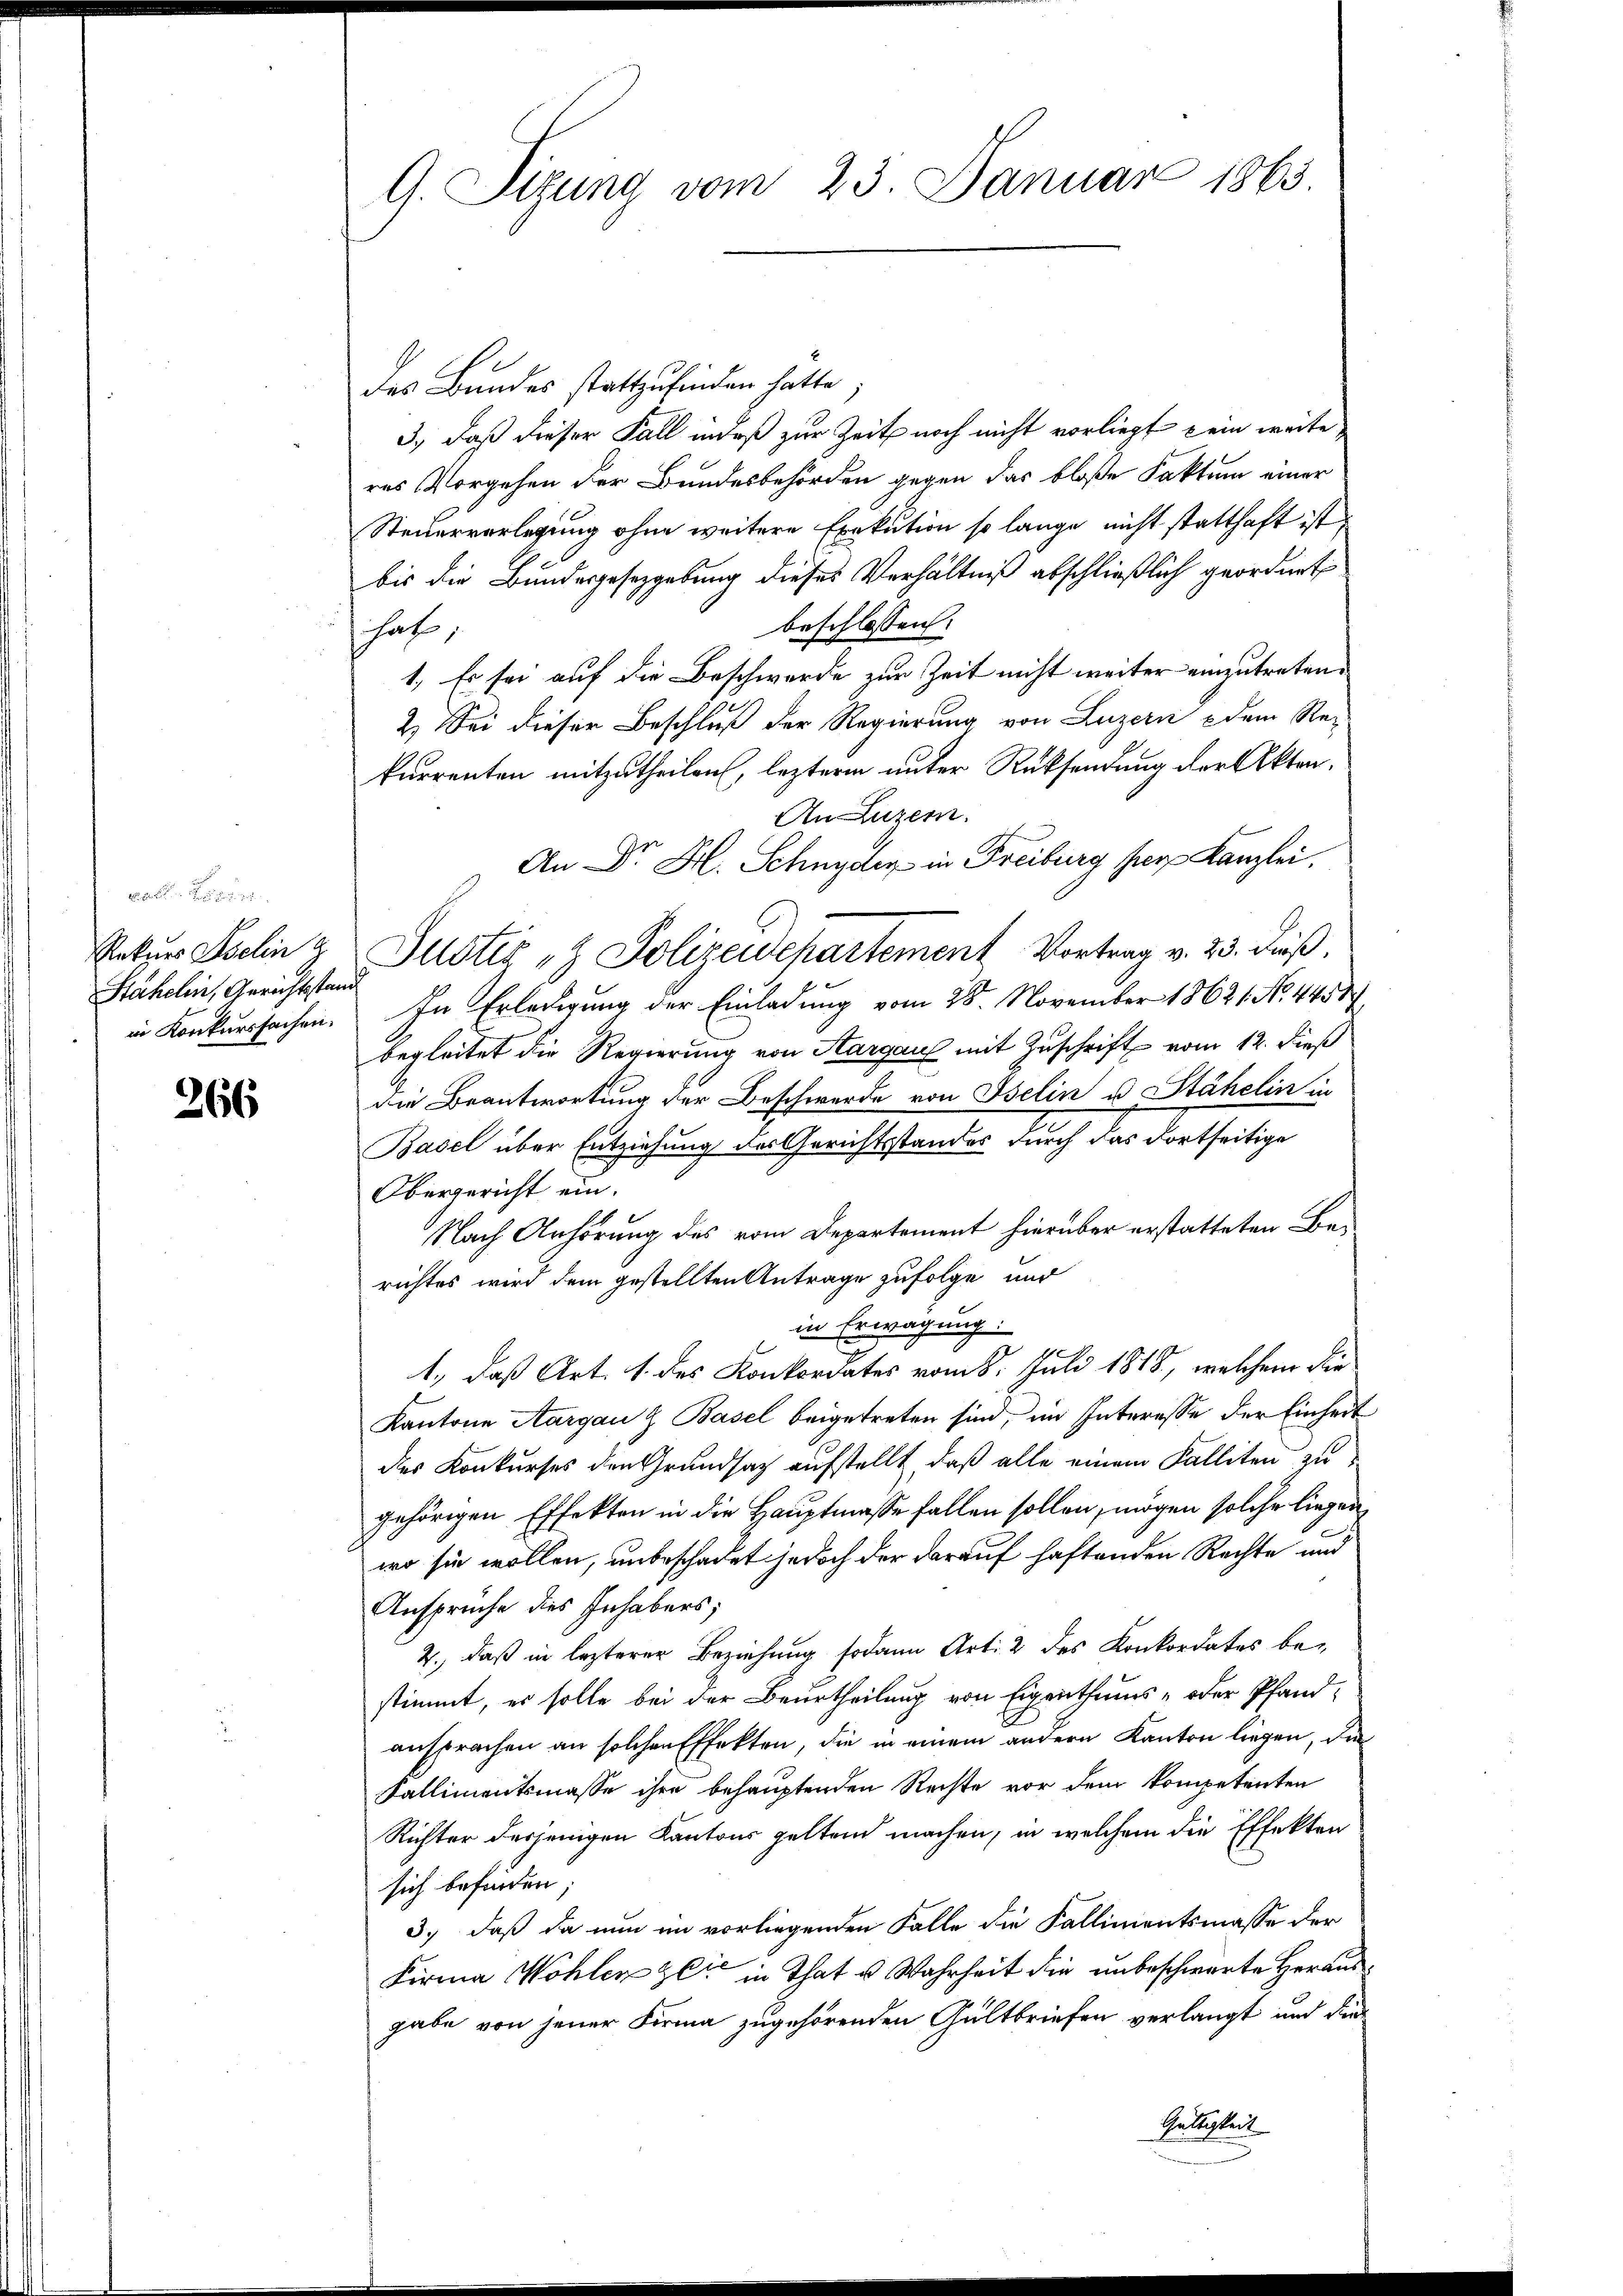
89
Stähelin, Gerichtstand

266

G. Sizung vom 23. Januar 1863.

des Bundes stattzufinden hätte.
3., daß dieser Fall indeß zur Zeit noch nicht vorliegt kein weite
res Vorgehen der Bundesbehörden gegen das bloße Faktum einer
Steuerverlegung ohne weitere Exekution so lange nicht statthaft ist,
bis die Bundesgesetzgebung dieses Verhältniß abschließlich geordnet
beschlossen:
hat,
1. Es sei auf die Beschwerde zur Zeit nicht weiter einzutreten.
2.) Sei dieser Beschluß der Regierung von Luzern & dem Re-
kurrenten mitzutheilen, lezteren unter Rücksendung der Akten.
An Luzern.
An Dr. H. Schnyder in Freiburg her Kanzlei.
Rekurs Eselin & Justiz & Polizeidepartement Vortrag v. 23. Fuß.
in Konkurssachen. In Erledigung der Einladung vom 28. November 18621. No. 4451
begleitet die Regierung von Aargau mit Zuschrift vom 12. dieß
die Beantwortung der Beschwerde von Belin u. Stähelin in
Basel über Entziehung des Gerichtsstandes durch das dortseitige
Obergericht ein.
Nach Anhörung des vom Departement hierüber erstatteten Berichtes wird dem gestellten Antrage zufolge und
in Erwägung.
1., daß Art. 1. des Konkordates vom 8. Juli 1818., welchem die
Kantone Aargau & Basel beigetreten sind, im Interesse der Einheit
des Konkurses den Grundsatz aufstellt, daß alle einem Falliten zu
gehörigen Effekten in die Hauptmasse fallen sollen, mögen solche liegen
wo sie wollen, unbeschadet jedoch der darauf haftenden Rechte und
Ansprüche dies Inhabers;
2., daß in lezterer Beziehung sodann Art. 2 des Konkordates bestimmt, es solle bei der Beurtheilung von Eigenthums- oder Pfand-
ansprachen an solchen Effekten, die in einem andern Kanton liegen, die
Kallimentsmasse ihre behauptenden Rechte vor dem kompetenten
Richter desjenigen Kantons geltend machen, in welchem die Effekten
sich befinden;
3.) daß da nun im vorliegenden Falle die Kallimentsmasse der
Firma Wohlen zeit in That u. Wahrheit die unbeschwarte Herausgabe von jener Firma zugehörenden Gültbriefen verlangt und die
Gültigkeit